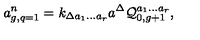
a _ { g , q = 1 } ^ { n } = k _ { \Delta a _ { 1 } \ldots a _ { r } } a ^ { \Delta } { \cal Q } _ { 0 , g + 1 } ^ { a _ { 1 } \ldots a _ { r } } ,